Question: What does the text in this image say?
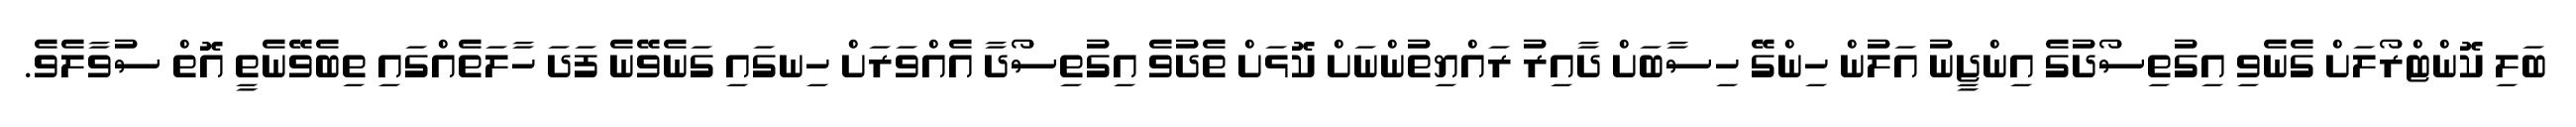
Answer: ބަލި ކޮންޓްރޯލަށް ގެނެވި އިގުތިސޯދުގެ އިންޖީނު އަލުން ހިންގޭ ހިސާބަށް ދާއިރު ރައްޔިތުންނަށް ކޮޅަށް ތެދުވެ އިގުތިސޯދާ އެއްވަރަށް ހިނގައި ގަނެވޭނެ ފަދަ ހާލަތެއްގައި ތިބެވޭނެތީ އޮތް ސުވާލެވެ.